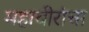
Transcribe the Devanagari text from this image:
महावीरांचा